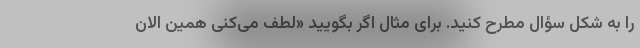
را به شکل سؤال مطرح کنید. برای مثال اگر بگویید «لطف می‌کنی همین الان